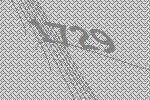
1729